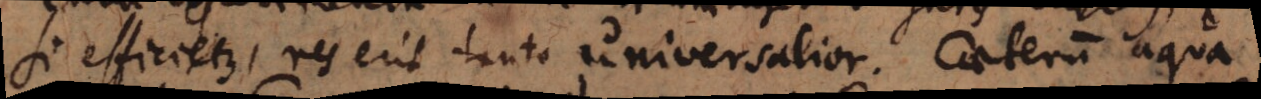
si efficietur, res erit tanto universalior. Caeterum aqua